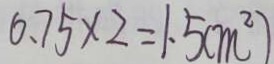
0 . 7 5 \times 2 = 1 . 5 ( m ^ { 2 } )